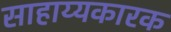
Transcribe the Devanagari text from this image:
साहाय्यकारक